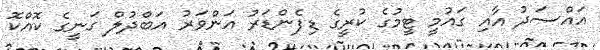
އައްސަދު އާއި ގައުމީ ޓީމުގެ ކުރީގެ ޑިފެންޑަރު އަންވަރު އަބްދުލް ގަނީގެ ކޮއްކޮ